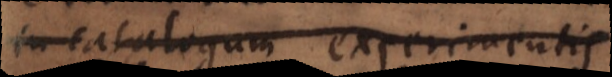
in catalogum experimen